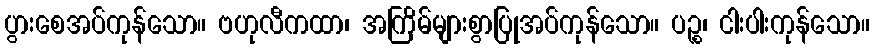
ပွားစေအပ်ကုန်သော။ ဗဟုလီကထာ၊ အကြိမ်များစွာပြုအပ်ကုန်သော။ ပဉ္စ၊ ငါးပါးကုန်သော။